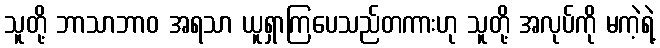
သူတို့ ဘာသာဘာဝ အရသာ ယူရှာကြပေသည်တကားဟု သူတို့ အလုပ်ကို မကဲ့ရဲ့